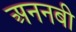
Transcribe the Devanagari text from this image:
अननबी